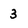
Character: 3